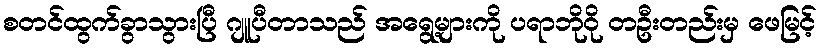
စတင်ထွက်ခွာသွားပြီ ဂျူပီတာသည် အရွေ့များကို ပရာဘိုဝို တဦးတည်းမှ ဖေမြင့်